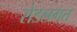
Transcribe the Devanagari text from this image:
रोडलगत